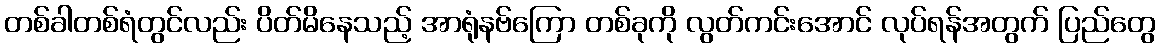
တစ်ခါတစ်ရံတွင်လည်း ပိတ်မိနေသည့် အာရုံနဗ်ကြော တစ်ခုကို လွတ်ကင်းအောင် လုပ်ရန်အတွက် ပြည်တွေ